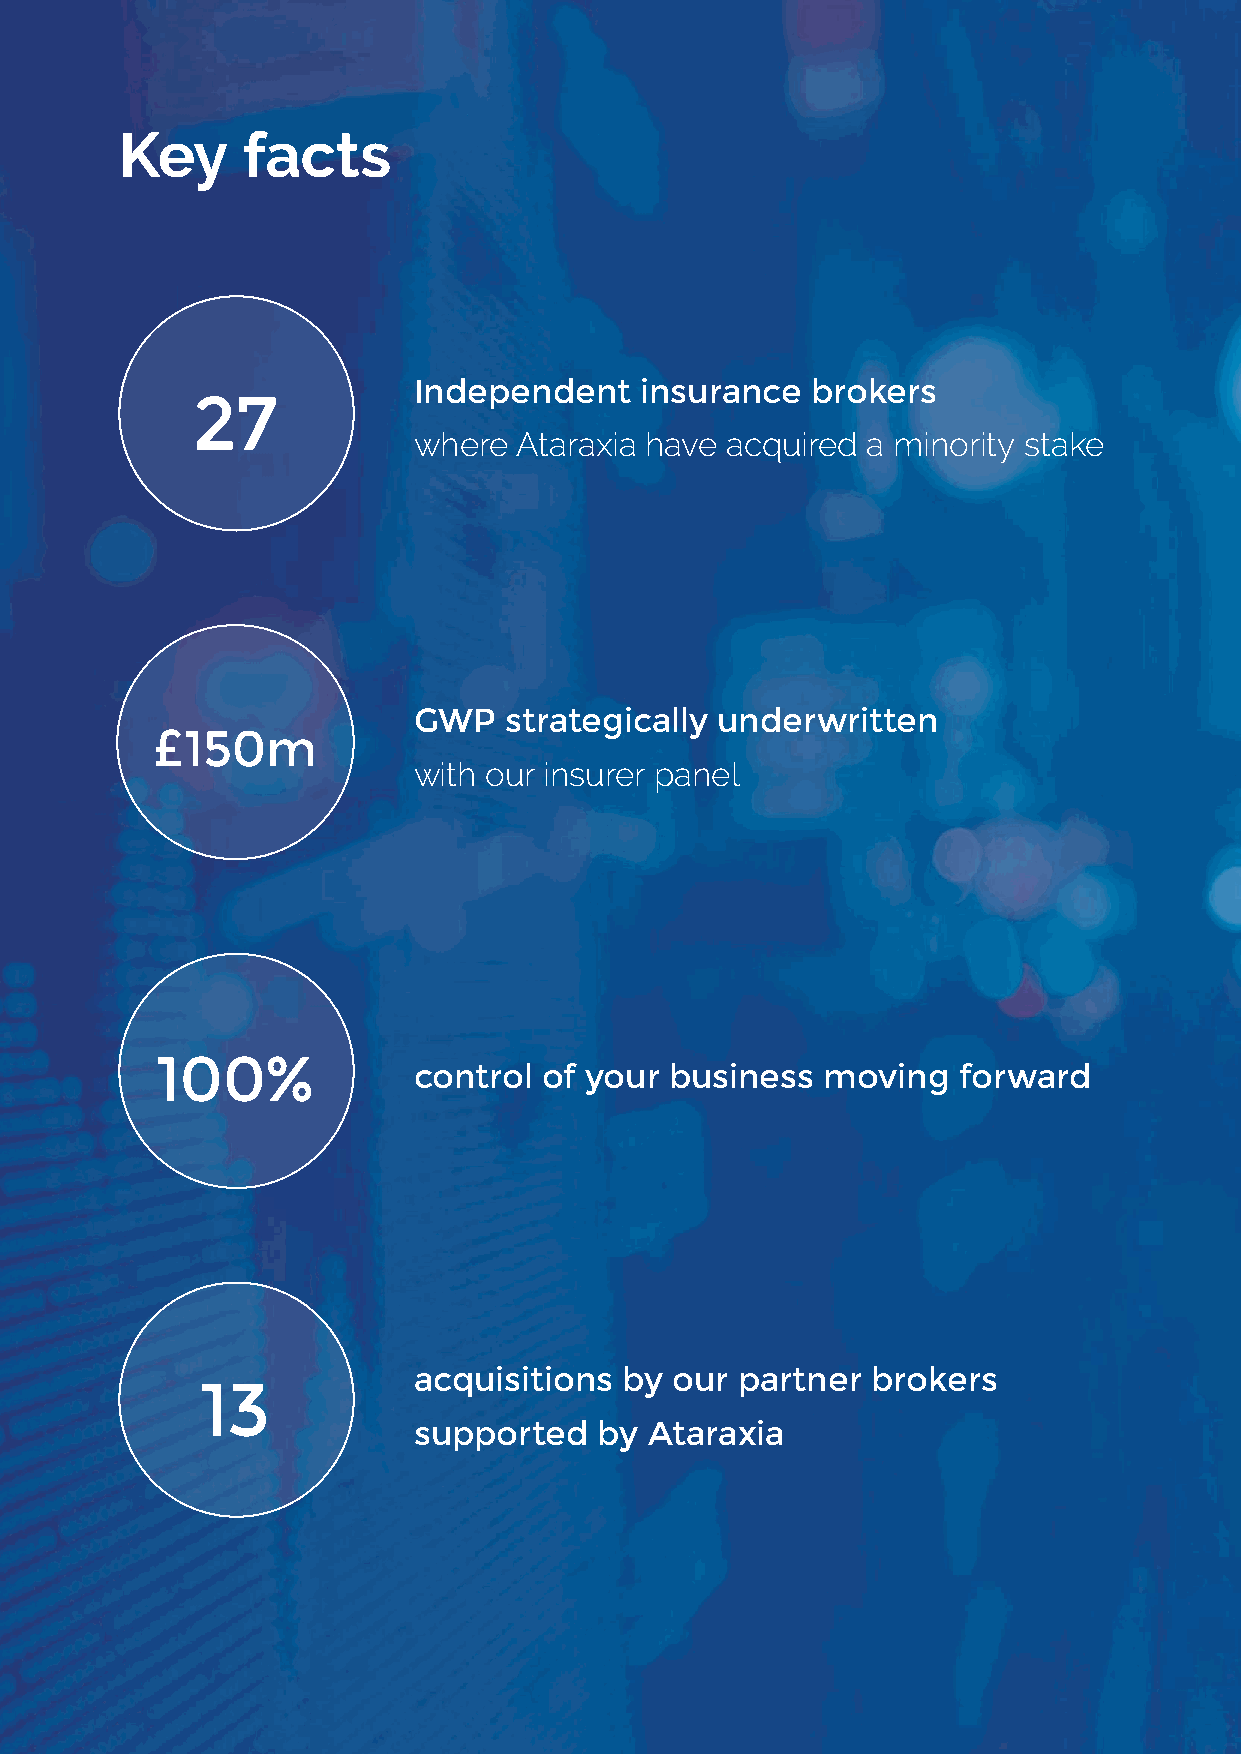
Key     facts
 Independent    insurance   brokers
 27
 where  Ataraxia have acquired a minority stake
 GWP   strategically  underwritten
 £150m
 with our insurer panel
 100%
 control  of your business  moving   forward
 acquisitions  by our  partner  brokers
 13
 supported    by Ataraxia